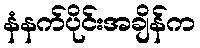
နံနက်ပိုင်းအချိန်က